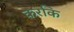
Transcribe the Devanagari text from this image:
करकि